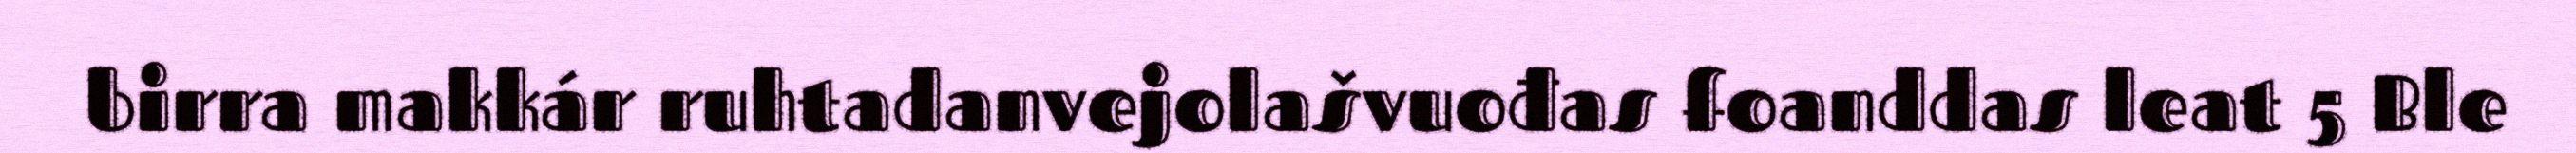
birra makkár ruhtadanvejolašvuođas foanddas leat 5 Ble